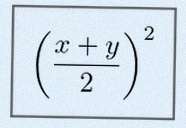
\left(\frac{x+y}{2}\right)^2